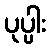
ပုပ္ပါး